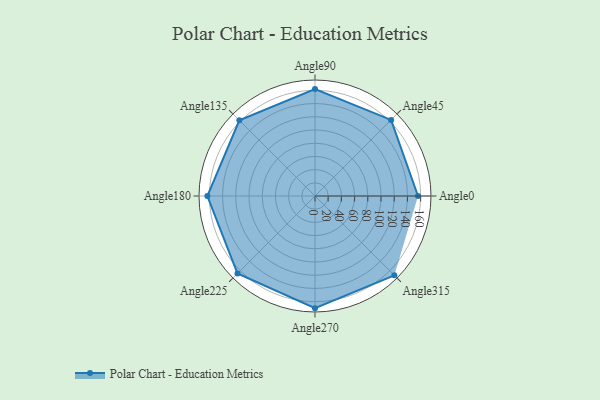
{"axis": {"x": "Angle", "y": "Radius"}, "legend": [""], "data": [{"x": "Angle0", "y": 156.0, "type": ""}, {"x": "Angle45", "y": 163.0, "type": ""}, {"x": "Angle90", "y": 162.0, "type": ""}, {"x": "Angle135", "y": 162.0, "type": ""}, {"x": "Angle180", "y": 163.0, "type": ""}, {"x": "Angle225", "y": 166.0, "type": ""}, {"x": "Angle270", "y": 170, "type": ""}, {"x": "Angle315", "y": 170, "type": ""}]}